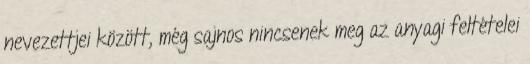
nevezettjei között, még sajnos nincsenek meg az anyagi feltételei